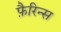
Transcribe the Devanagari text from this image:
फ़ैरिन्स